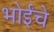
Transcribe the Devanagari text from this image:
भोईंचे